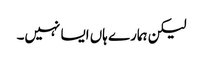
لیکن ہمارے ہاں ایسا نہیں۔